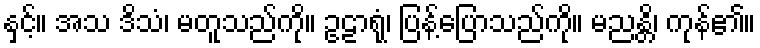
နှင့်။ အသ ဒိသံ၊ မတူသည်ကို။ ဥဠာရုံ၊ ပြန့်ပြောသည်ကို။ မညန္တိ၊ ကုန်၏။